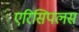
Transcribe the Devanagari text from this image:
एरिसिपलस